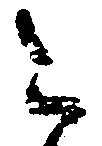
令